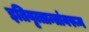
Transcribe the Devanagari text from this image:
इतिवृत्तान्तांवरून